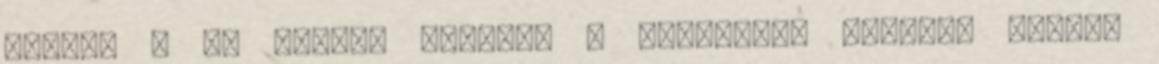
nekik, s az illető nevében a büntetés, illetve pótdíj